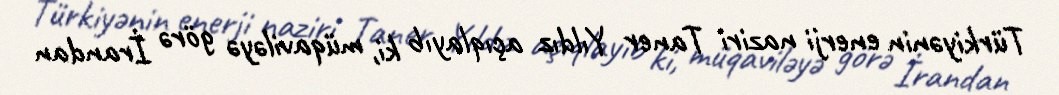
Türkiyənin enerji naziri Taner Yıldız açıqlayıb ki, müqaviləyə görə İrandan